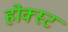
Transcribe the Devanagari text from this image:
होक्स्ट